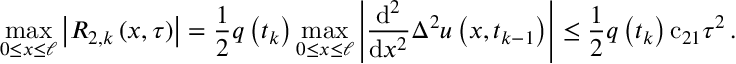
\operatorname* { m a x } _ { 0 \leq x \leq \ell } \left| { R } _ { 2 , k } \left( x , \tau \right) \right| = \frac { 1 } { 2 } { q } \left( { t } _ { k } \right) \operatorname* { m a x } _ { 0 \leq x \leq \ell } \left| \frac { \mathrm { d } ^ { 2 } } { \mathrm { d } { x } ^ { 2 } } { \Delta } ^ { 2 } u \left( x , { t } _ { k - 1 } \right) \right| \leq \frac { 1 } { 2 } { q } \left( { t } _ { k } \right) { \mathrm { c } } _ { 2 1 } { \tau } ^ { 2 } \, .